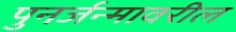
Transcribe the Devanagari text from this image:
पुनर्जन्मावरील